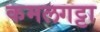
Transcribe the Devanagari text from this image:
कमलगट्टा